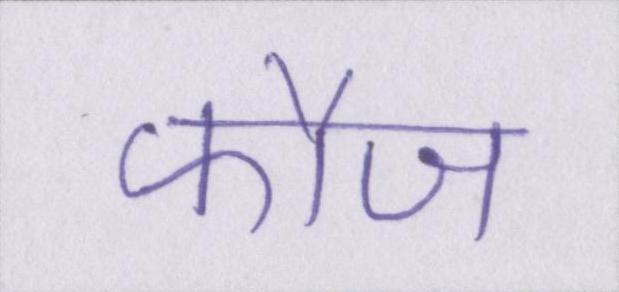
फौज